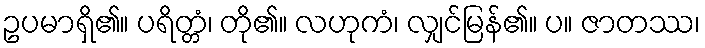
ဥပမာရှိ၏။ ပရိတ္တံ၊ တို၏။ လဟုကံ၊ လျှင်မြန်၏။ ပ။ ဇာတဿ၊